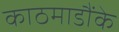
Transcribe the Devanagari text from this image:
काठमाडौंके